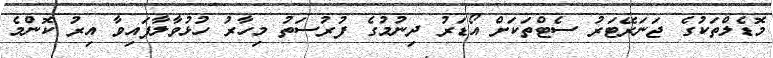
މޮޑެލްތަކުގެ ޖަނަރޭޓަރު ސެޓްތަކަށް އޯޑަރު ދިނުމުގެ ފުރުސަތު މިހާރު ހުޅުވާލާފައިވާ އިރު ކޮންމެ